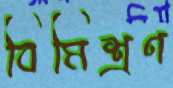
বিমিশ্রণ